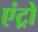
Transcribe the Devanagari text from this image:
एंट्रो